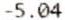
-5.04